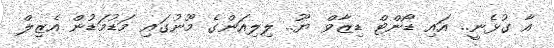
އާ ގުޅެނީ.. އައި ޑޯންޓް ޑިޒާވް ޔޫ.. ލިލިއަންގެ މޫނުގައި މަޑުމަޑުން އެޒިލް